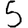
Digit: 5